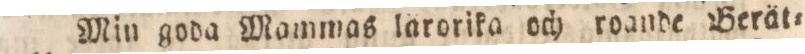
Min goda Mammas lärorika och roande Berät=